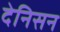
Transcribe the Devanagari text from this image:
देनिसन